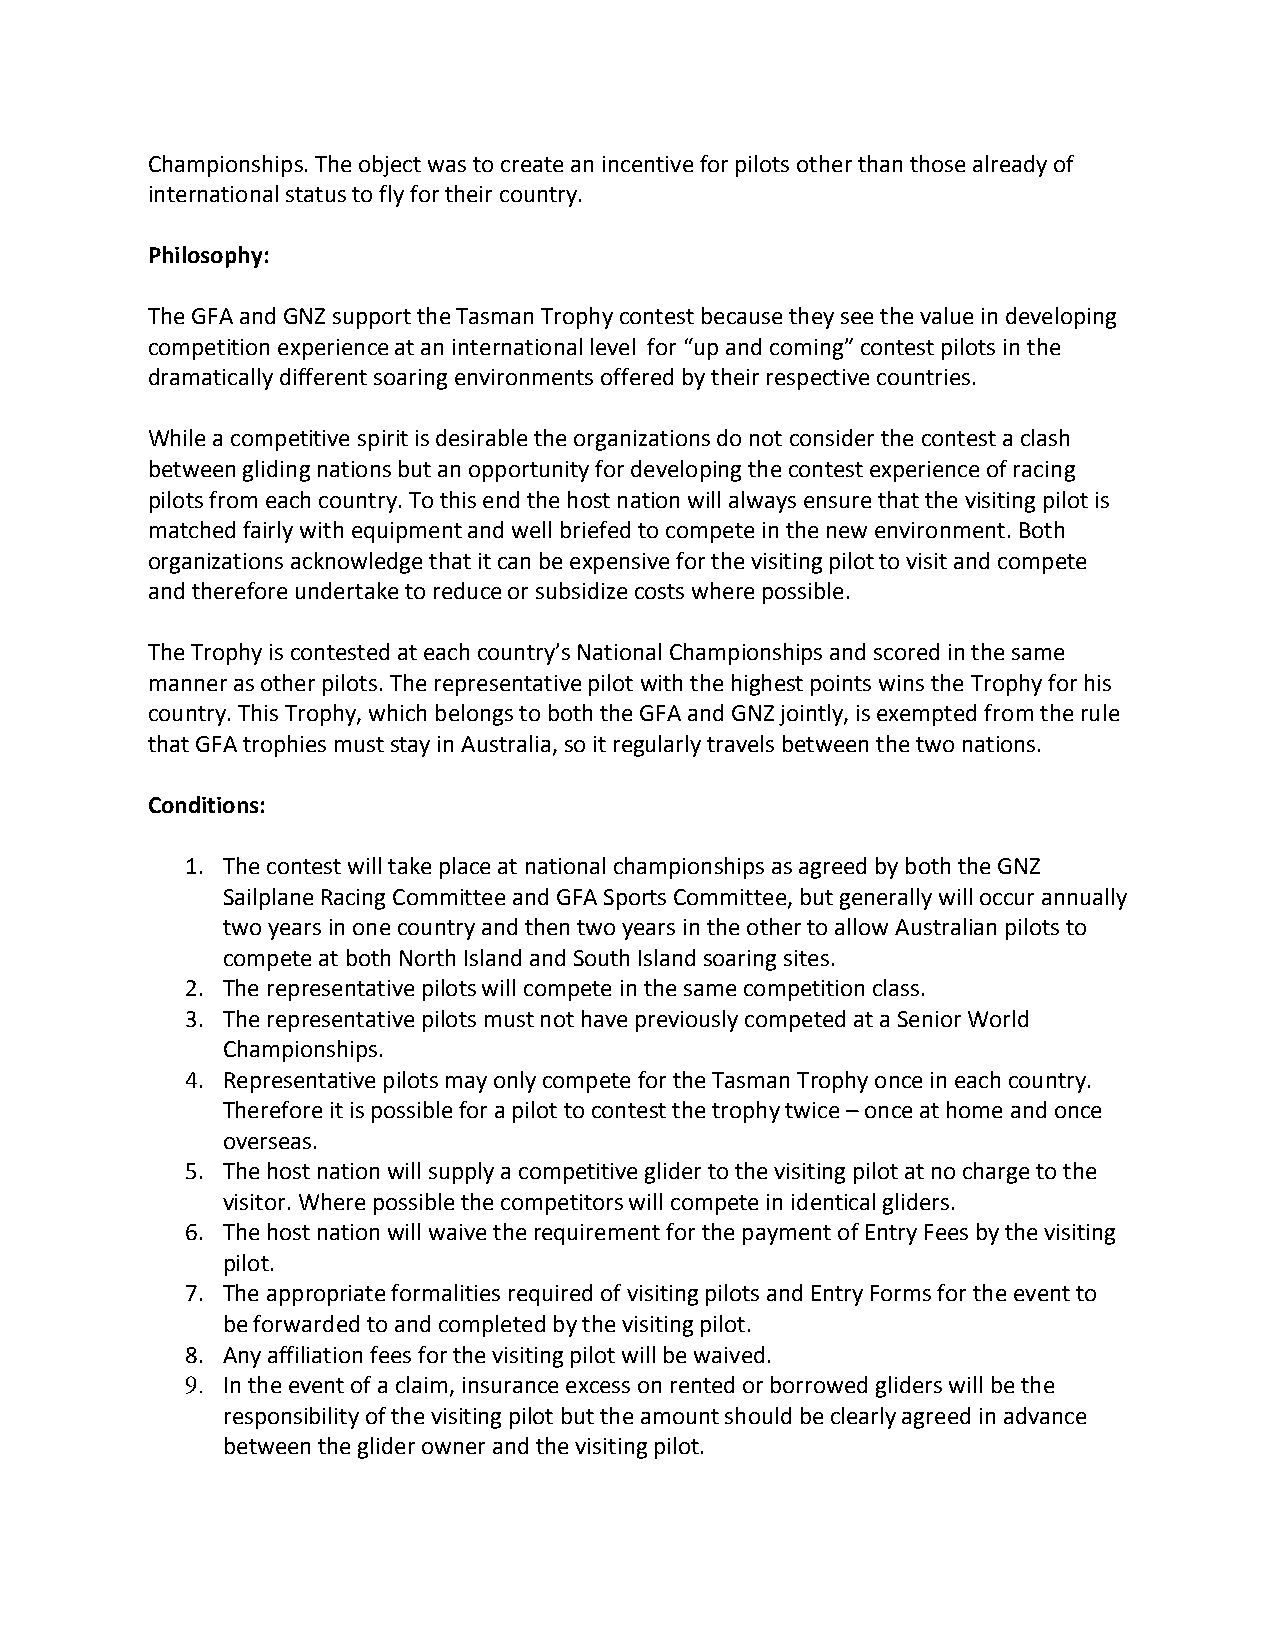
Championships. The object was to create an incentive for pilots other than those already of
 international status to fly for their country.
 Philosophy:
 The GFA and GNZ support the Tasman Trophy contest because they see the value in developing
 competition experience at an international level for “up and coming” contest pilots in the
 dramatically different soaring environments offered by their respective countries.
 While a competitive spirit is desirable the organizations do not consider the contest a clash
 between gliding nations but an opportunity for developing the contest experience of racing
 pilots from each country. To this end the host nation will always ensure that the visiting pilot is
 matched fairly with equipment and well briefed to compete in the new environment. Both
 organizations acknowledge that it can be expensive for the visiting pilot to visit and compete
 and therefore undertake to reduce or subsidize costs where possible.
 The Trophy is contested at each country’s National Championships and scored in the same
 manner as other pilots. The representative pilot with the highest points wins the Trophy for his
 country. This Trophy, which belongs to both the GFA and GNZ jointly, is exempted from the rule
 that GFA trophies must stay in Australia, so it regularly travels between the two nations.
 Conditions:
 1. The contest will take place at national championships as agreed by both the GNZ
 Sailplane Racing Committee and GFA Sports Committee, but generally will occur annually
 two years in one country and then two years in the other to allow Australian pilots to
 compete at both North Island and South Island soaring sites.
 2. The representative pilots will compete in the same competition class.
 3. The representative pilots must not have previously competed at a Senior World
 Championships.
 4. Representative pilots may only compete for the Tasman Trophy once in each country.
 Therefore it is possible for a pilot to contest the trophy twice – once at home and once
 overseas.
 5. The host nation will supply a competitive glider to the visiting pilot at no charge to the
 visitor. Where possible the competitors will compete in identical gliders.
 6. The host nation will waive the requirement for the payment of Entry Fees by the visiting
 pilot.
 7. The appropriate formalities required of visiting pilots and Entry Forms for the event to
 be forwarded to and completed by the visiting pilot.
 8. Any affiliation fees for the visiting pilot will be waived.
 9. In the event of a claim, insurance excess on rented or borrowed gliders will be the
 responsibility of the visiting pilot but the amount should be clearly agreed in advance
 between the glider owner and the visiting pilot.